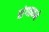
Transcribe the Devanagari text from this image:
संगठनमे